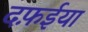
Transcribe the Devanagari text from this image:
दफ़ईया